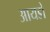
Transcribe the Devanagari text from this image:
आयडो